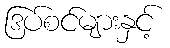
ဒြပ်စင်များနှင့်